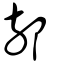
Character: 邿